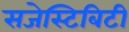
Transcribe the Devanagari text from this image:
सजेस्टिबिटी